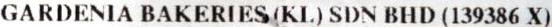
GARDENIA BAKERIES (KL) SDN BHD (139386 X)